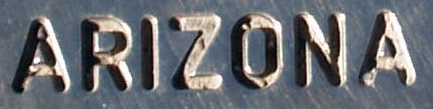
ARIZONA